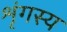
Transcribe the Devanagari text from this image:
शृंगस्य